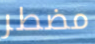
مضطر